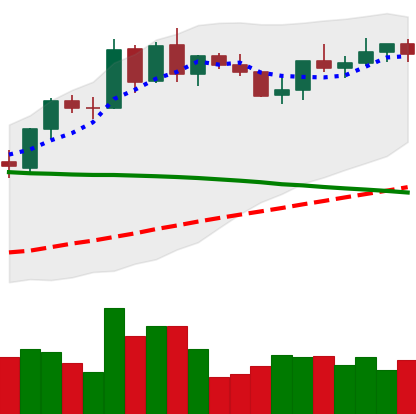
Ticker: BNB-USD
Chart end date: 2021-09-06
Forward return: -18.228%
Label: down_7plus